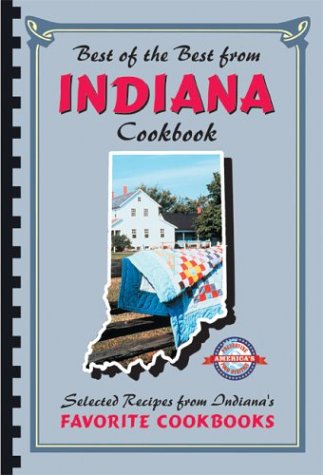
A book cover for Best of the Best from Indiana: Selected Recipes from Indiana's Favorite Cookbooks; Cookbooks, Food & Wine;